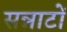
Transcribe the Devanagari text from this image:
सन्नाटों